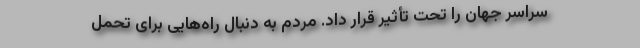
سراسر جهان را تحت تأثیر قرار داد. مردم به دنبال راه‌هایی برای تحمل